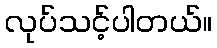
လုပ်သင့်ပါတယ်။